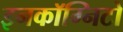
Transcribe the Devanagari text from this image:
इनकॉग्निटो